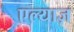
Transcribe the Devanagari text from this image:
एल्याज़